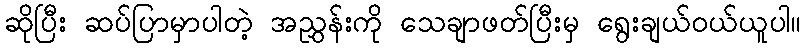
ဆိုပြီး ဆပ်ပြာမှာပါတဲ့ အညွှန်းကို သေချာဖတ်ပြီးမှ ရွေးချယ်ဝယ်ယူပါ။